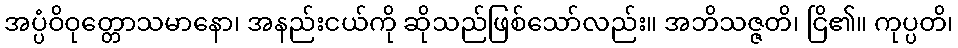
အပ္ပံဝိဝုတ္တောသမာနော၊ အနည်းငယ်ကို ဆိုသည်ဖြစ်သော်လည်း။ အဘိသဇ္ဇတိ၊ ငြိ၏။ ကုပ္ပတိ၊